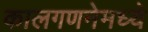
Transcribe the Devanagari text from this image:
कालगणनेमध्ये